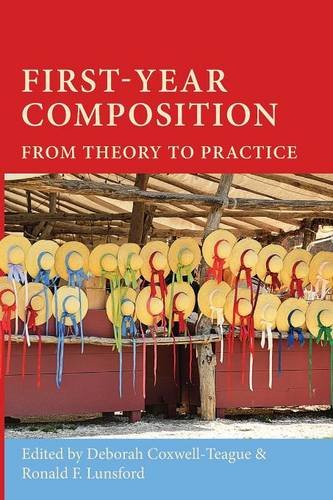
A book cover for First-Year Composition: From Theory to Practice (Lauer Series in Rhetoric and Composition); Education & Teaching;